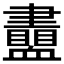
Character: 𧗙